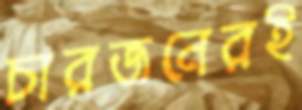
চারজনেরই